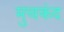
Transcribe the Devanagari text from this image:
मुचकंद